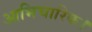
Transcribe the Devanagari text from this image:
आभिचारिक।